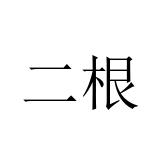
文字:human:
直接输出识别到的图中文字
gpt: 二根